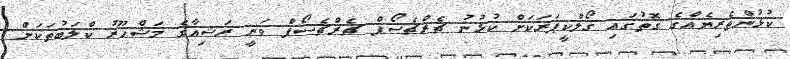
ކުޅުންތެރިޔެއްގެ ގޮތުގައި ގޯލްކީޕަރަކަށް ކުޅުނު ޗެރްޗެސޯފް ޗެރްޗެސޯފް ވަނީ ރަޝިއާގެ މަޝްހޫރު ކްލަބުތަކަށް